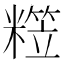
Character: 𥼕